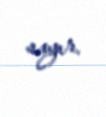
sayır.